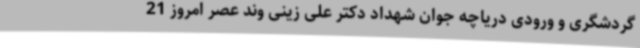
گردشگری و ورودی دریاچه جوان شهداد دکتر علی زینی وند عصر امروز 21